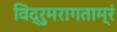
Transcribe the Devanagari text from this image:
विद्रुमरागताम्रं